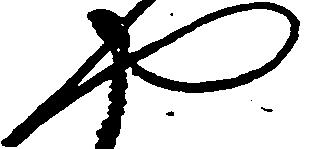
や